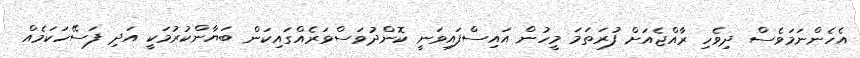
އެހެންނަމަވެސް ދިވެހި ރާއްޖެއަށް ފުރަތަމަ މީހުން އައިސްފައިވަނީ ކޮންދުވަސްވަރެއްގައިކަން ބަޔާންކުރުމަކީ އަދި ފަސޭހަކަމެއް